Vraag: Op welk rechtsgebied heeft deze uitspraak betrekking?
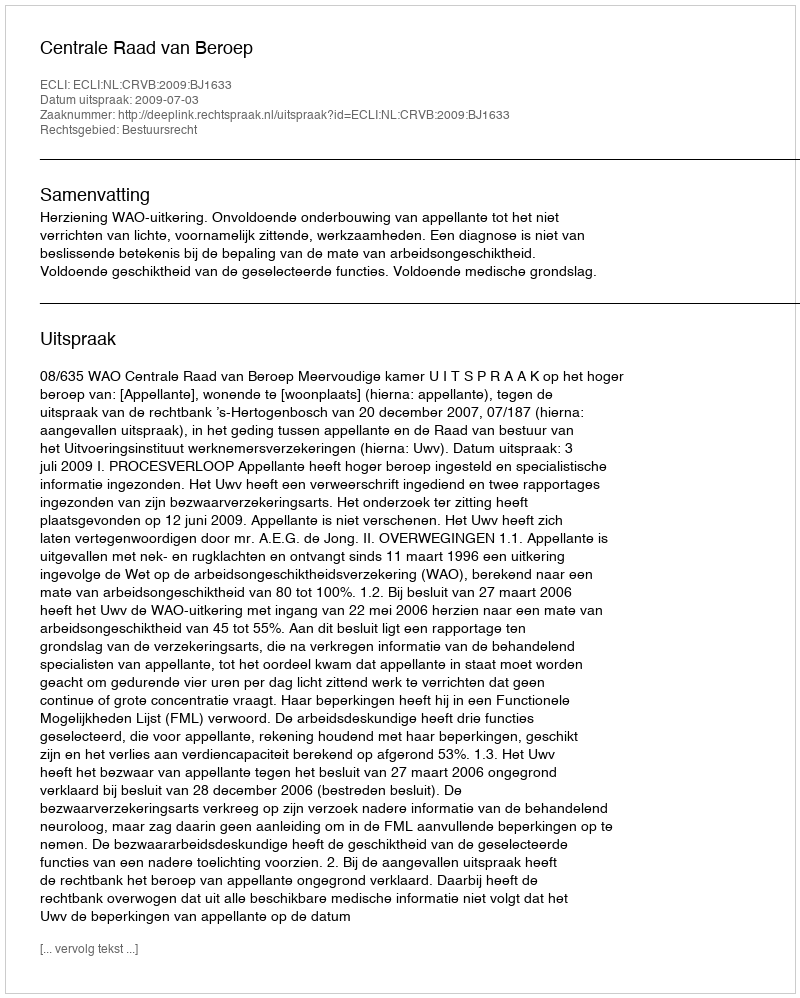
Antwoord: Bestuursrecht